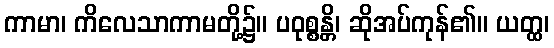
ကာမာ၊ ကိလေသာကာမတို့၌။ ပဝုစ္စန္တိ၊ ဆိုအပ်ကုန်၏။ ယတ္ထ၊